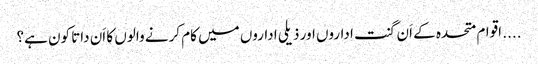
.... اقوام متحدہ کے اَن گنت اداروں اور ذیلی اداروں میں کام کرنے والوں کا اَن داتا کون ہے؟